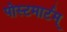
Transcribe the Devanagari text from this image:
पोस्टमार्टम्‌